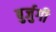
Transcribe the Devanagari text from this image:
बुर्जुगी